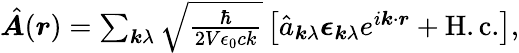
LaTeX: \begin{array}{r}{\hat{\boldsymbol{A}}(\boldsymbol{r})=\sum_{\boldsymbol{k}\lambda}\sqrt{\frac{\hbar}{2V\epsilon_{0}ck}}\left[\hat{a}_{\boldsymbol{k}\lambda}\boldsymbol{\epsilon}_{\boldsymbol{k}\lambda}e^{i\boldsymbol{k}\cdot\boldsymbol{r}}+\mathrm{H.c.}\right],}\end{array}